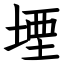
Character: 堙